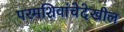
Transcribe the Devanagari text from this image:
परमशिवांचेदेखील